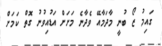
ގައިމު ޒޯ ބުނީ މާދަމާއޭ ވެދާނެ މަށަށް އަޑުއިވުނު ގޮތް ކަމަށް